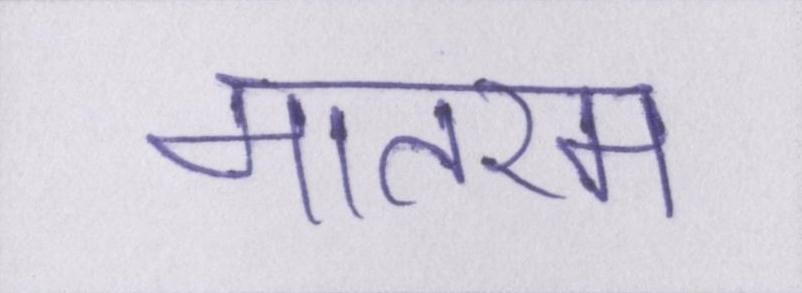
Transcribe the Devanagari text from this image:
मातरम